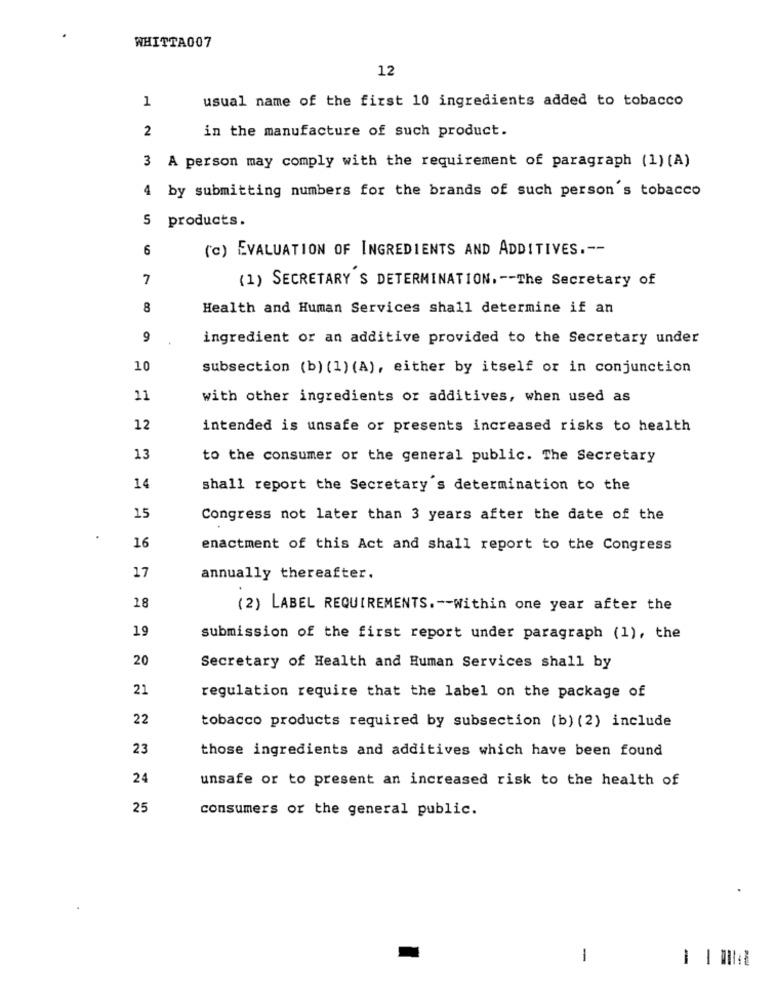
WHITTA007
12
1
usual name of the first 10 ingredients added to tobacco
2
in the manufacture of such product.
3 A person may comply with the requirement of paragraph (1) (A)
4 by submitting numbers for the brands of such person 's tobacco
5 products.
6
(c) EVALUATION OF INGREDIENTS AND ADDITIVES .--
7
(1) SECRETARY S DETERMINATION. -- The Secretary of
8
Health and Human Services shall determine if an
9
ingredient or an additive provided to the Secretary under
10
subsection (b) (1) (A), either by itself or in conjunction
11
with other ingredients or additives, when used as
12
intended is unsafe or presents increased risks to health
13
to the consumer or the general public. The Secretary
14
shall report the Secretary's determination to the
15
Congress not later than 3 years after the date of the
16
enactment of this Act and shall report to the Congress
17
annually thereafter.
18
(2) LABEL REQUIREMENTS .-- Within one year after the
19
submission of the first report under paragraph (1), the
20
Secretary of Health and Human Services shall by
21
regulation require that the label on the package of
22
tobacco products required by subsection (b) (2) include
23
those ingredients and additives which have been found
24
unsafe or to present an increased risk to the health of
25
consumers or the general public.
1
-